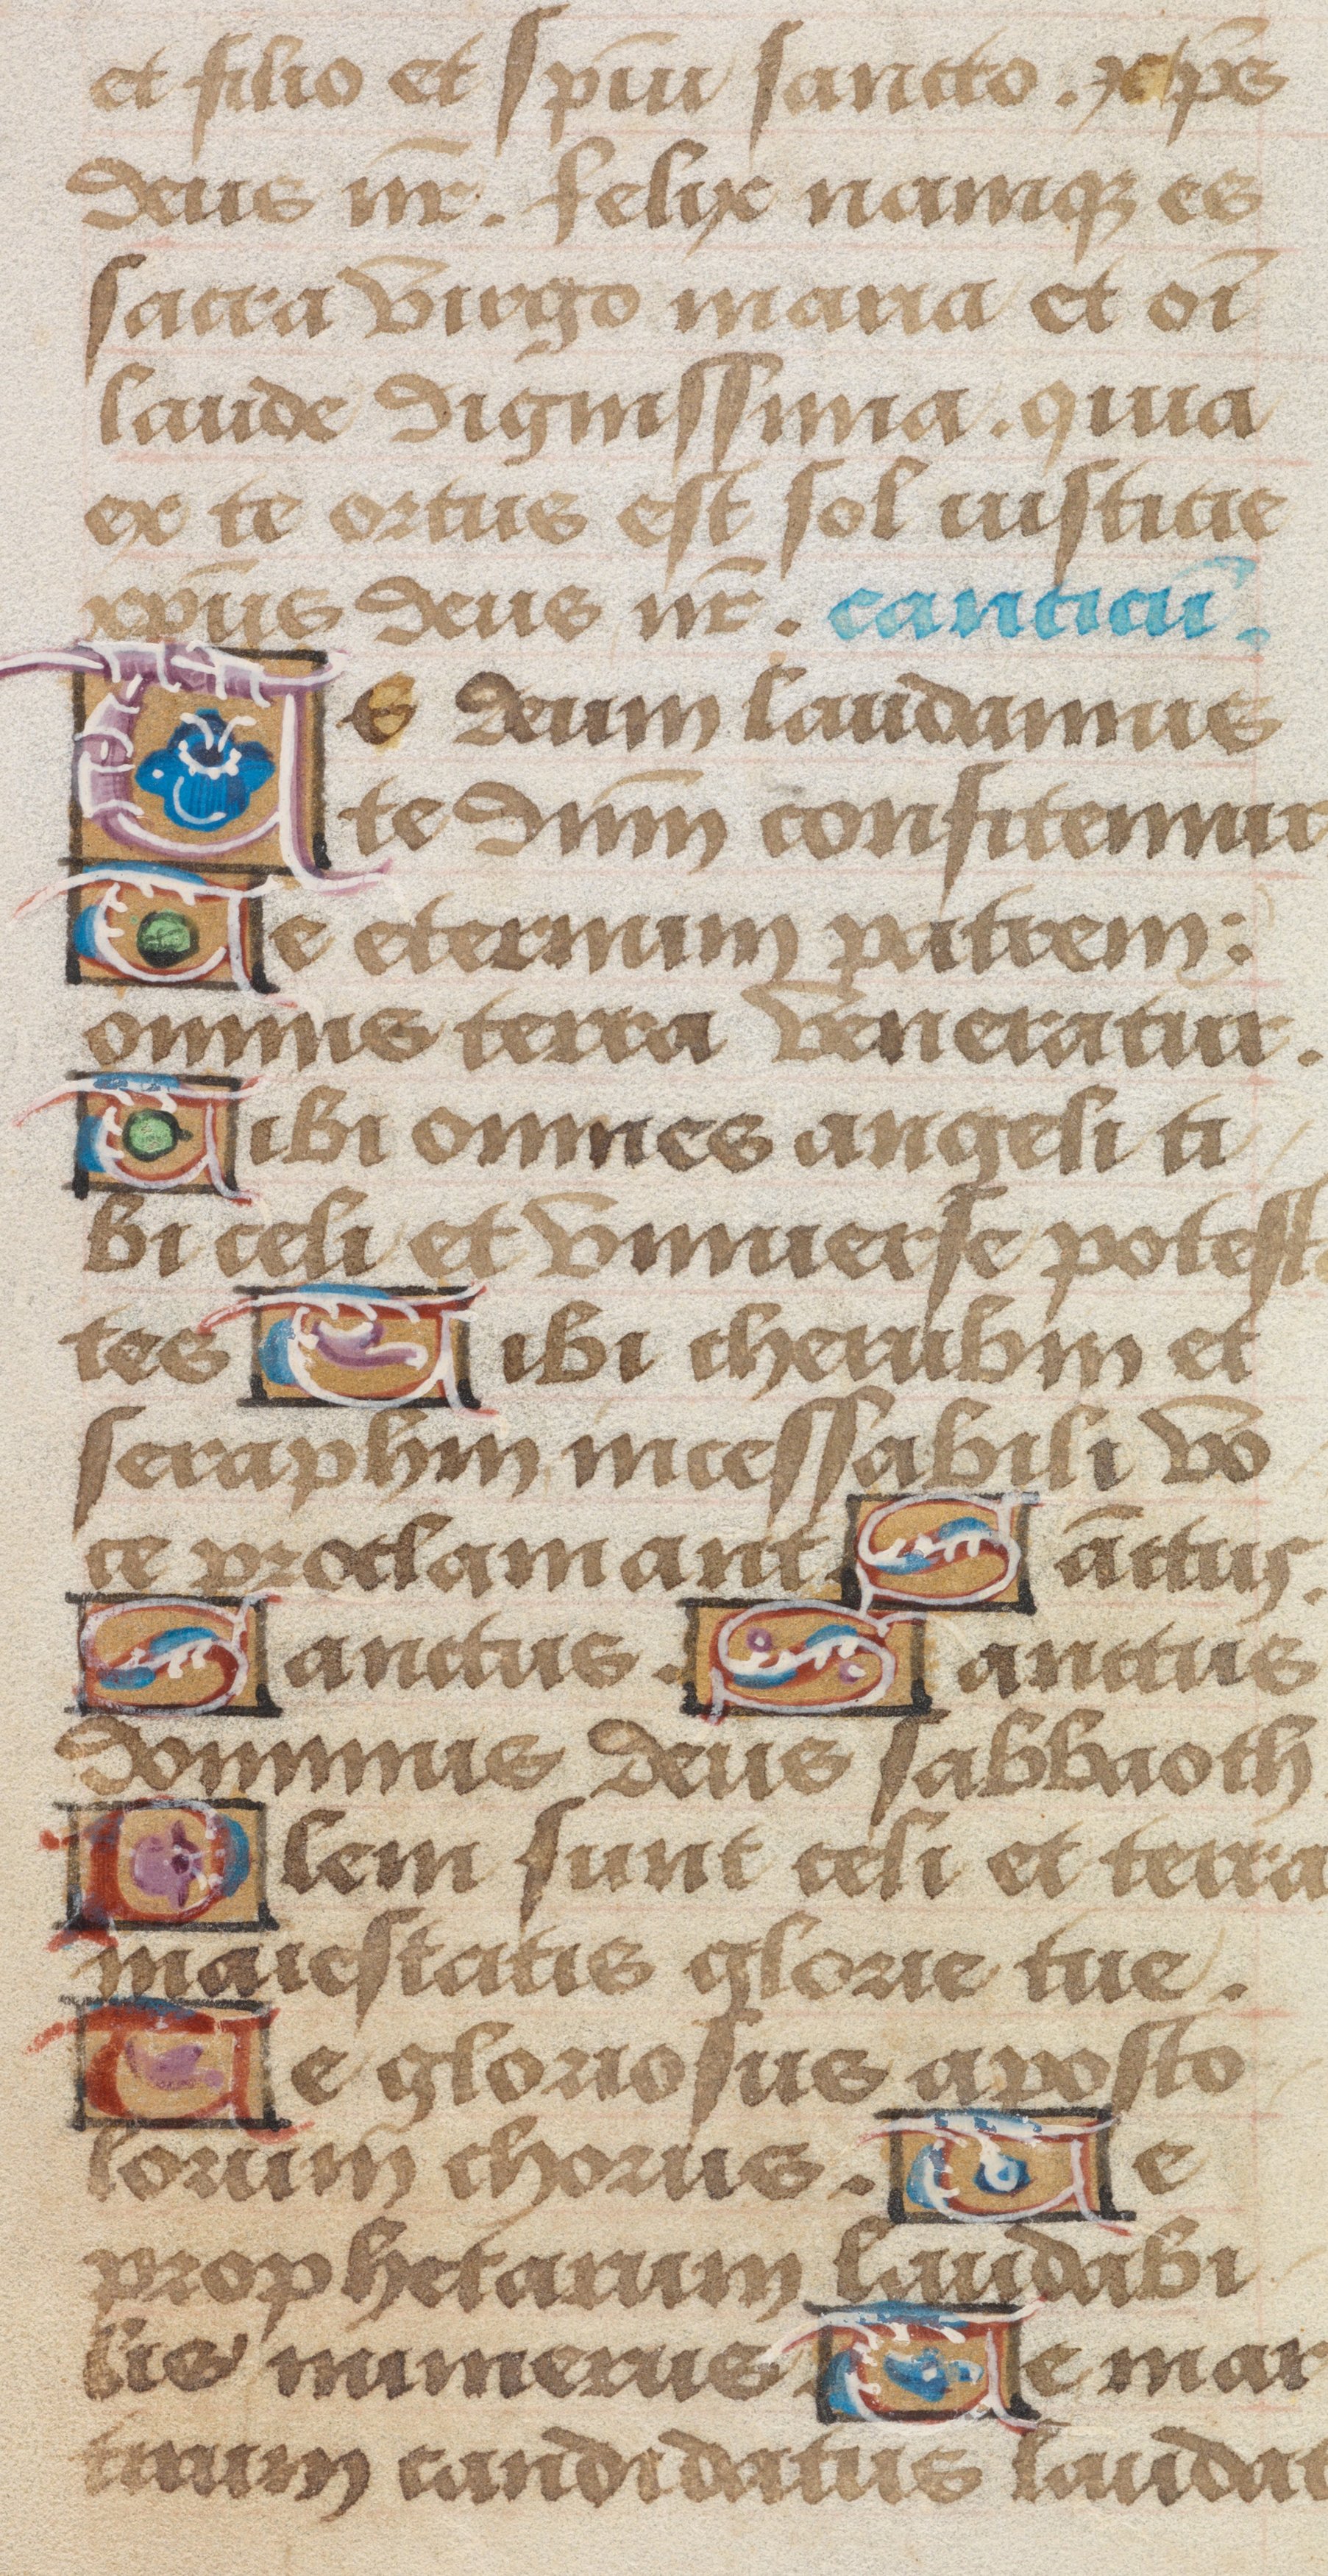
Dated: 1485–1515